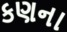
કણના